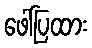
ဖေါ်ပြထား